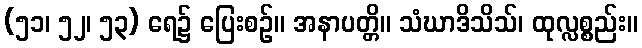
(၅၁၊ ၅၂၊ ၅၃) ရေ၌ ပြေးစဉ်။ အနာပတ္တိ။ သံဃာဒိသိသ်၊ ထုလ္လစ္စည်း။